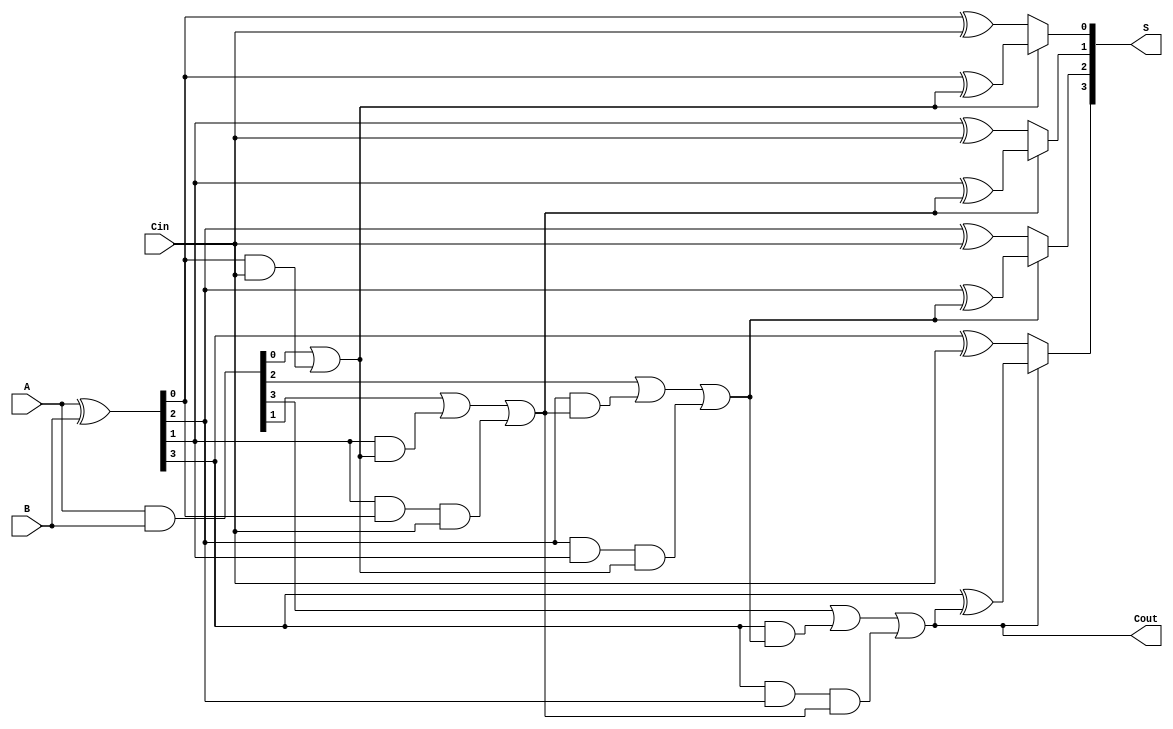
module ConditionalSumAdder #(parameter N = 4)(
    input [N-1:0] A,
    input [N-1:0] B,
    input Cin,
    output [N-1:0] S,
    output Cout
);

    wire [N-1:0] G; // Generate
    wire [N-1:0] P; // Propagate
    wire [N:0] C; // Carry signals

    // Generate and Propagate Logic
    assign G = A & B;           // Generate (Gi = Ai AND Bi)
    assign P = A ^ B;           // Propagate (Pi = Ai XOR Bi)

    // Carry Calculation
    assign C[0] = Cin; // Carry-in
    generate
        genvar i;
        for (i = 0; i < N; i = i + 1) begin: carry_logic
            if (i == 0) begin
                assign C[i + 1] = G[i] | (P[i] & C[i]);
            end else begin
                assign C[i + 1] = G[i] | (P[i] & C[i]) | (P[i] & P[i - 1] & C[i - 1]);
            end
        end
    endgenerate

    // Conditional Sum Calculation
    wire [N-1:0] S0; // S0 = P[i] XOR Cin
    wire [N-1:0] S1; // S1 = P[i] XOR C[i+1]
    assign S0 = P ^ {C[N-1:0]}; // Add carry signals to S0 logic
    
    generate
        for (i = 0; i < N; i = i + 1) begin: sum_logic
            assign S[i] = (C[i + 1]) ? (P[i] ^ C[i + 1]) : (P[i] ^ Cin);
        end
    endgenerate

    // Final Carry Out
    assign Cout = C[N]; // Final carry-out is the last carry signal

endmodule